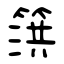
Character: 篊